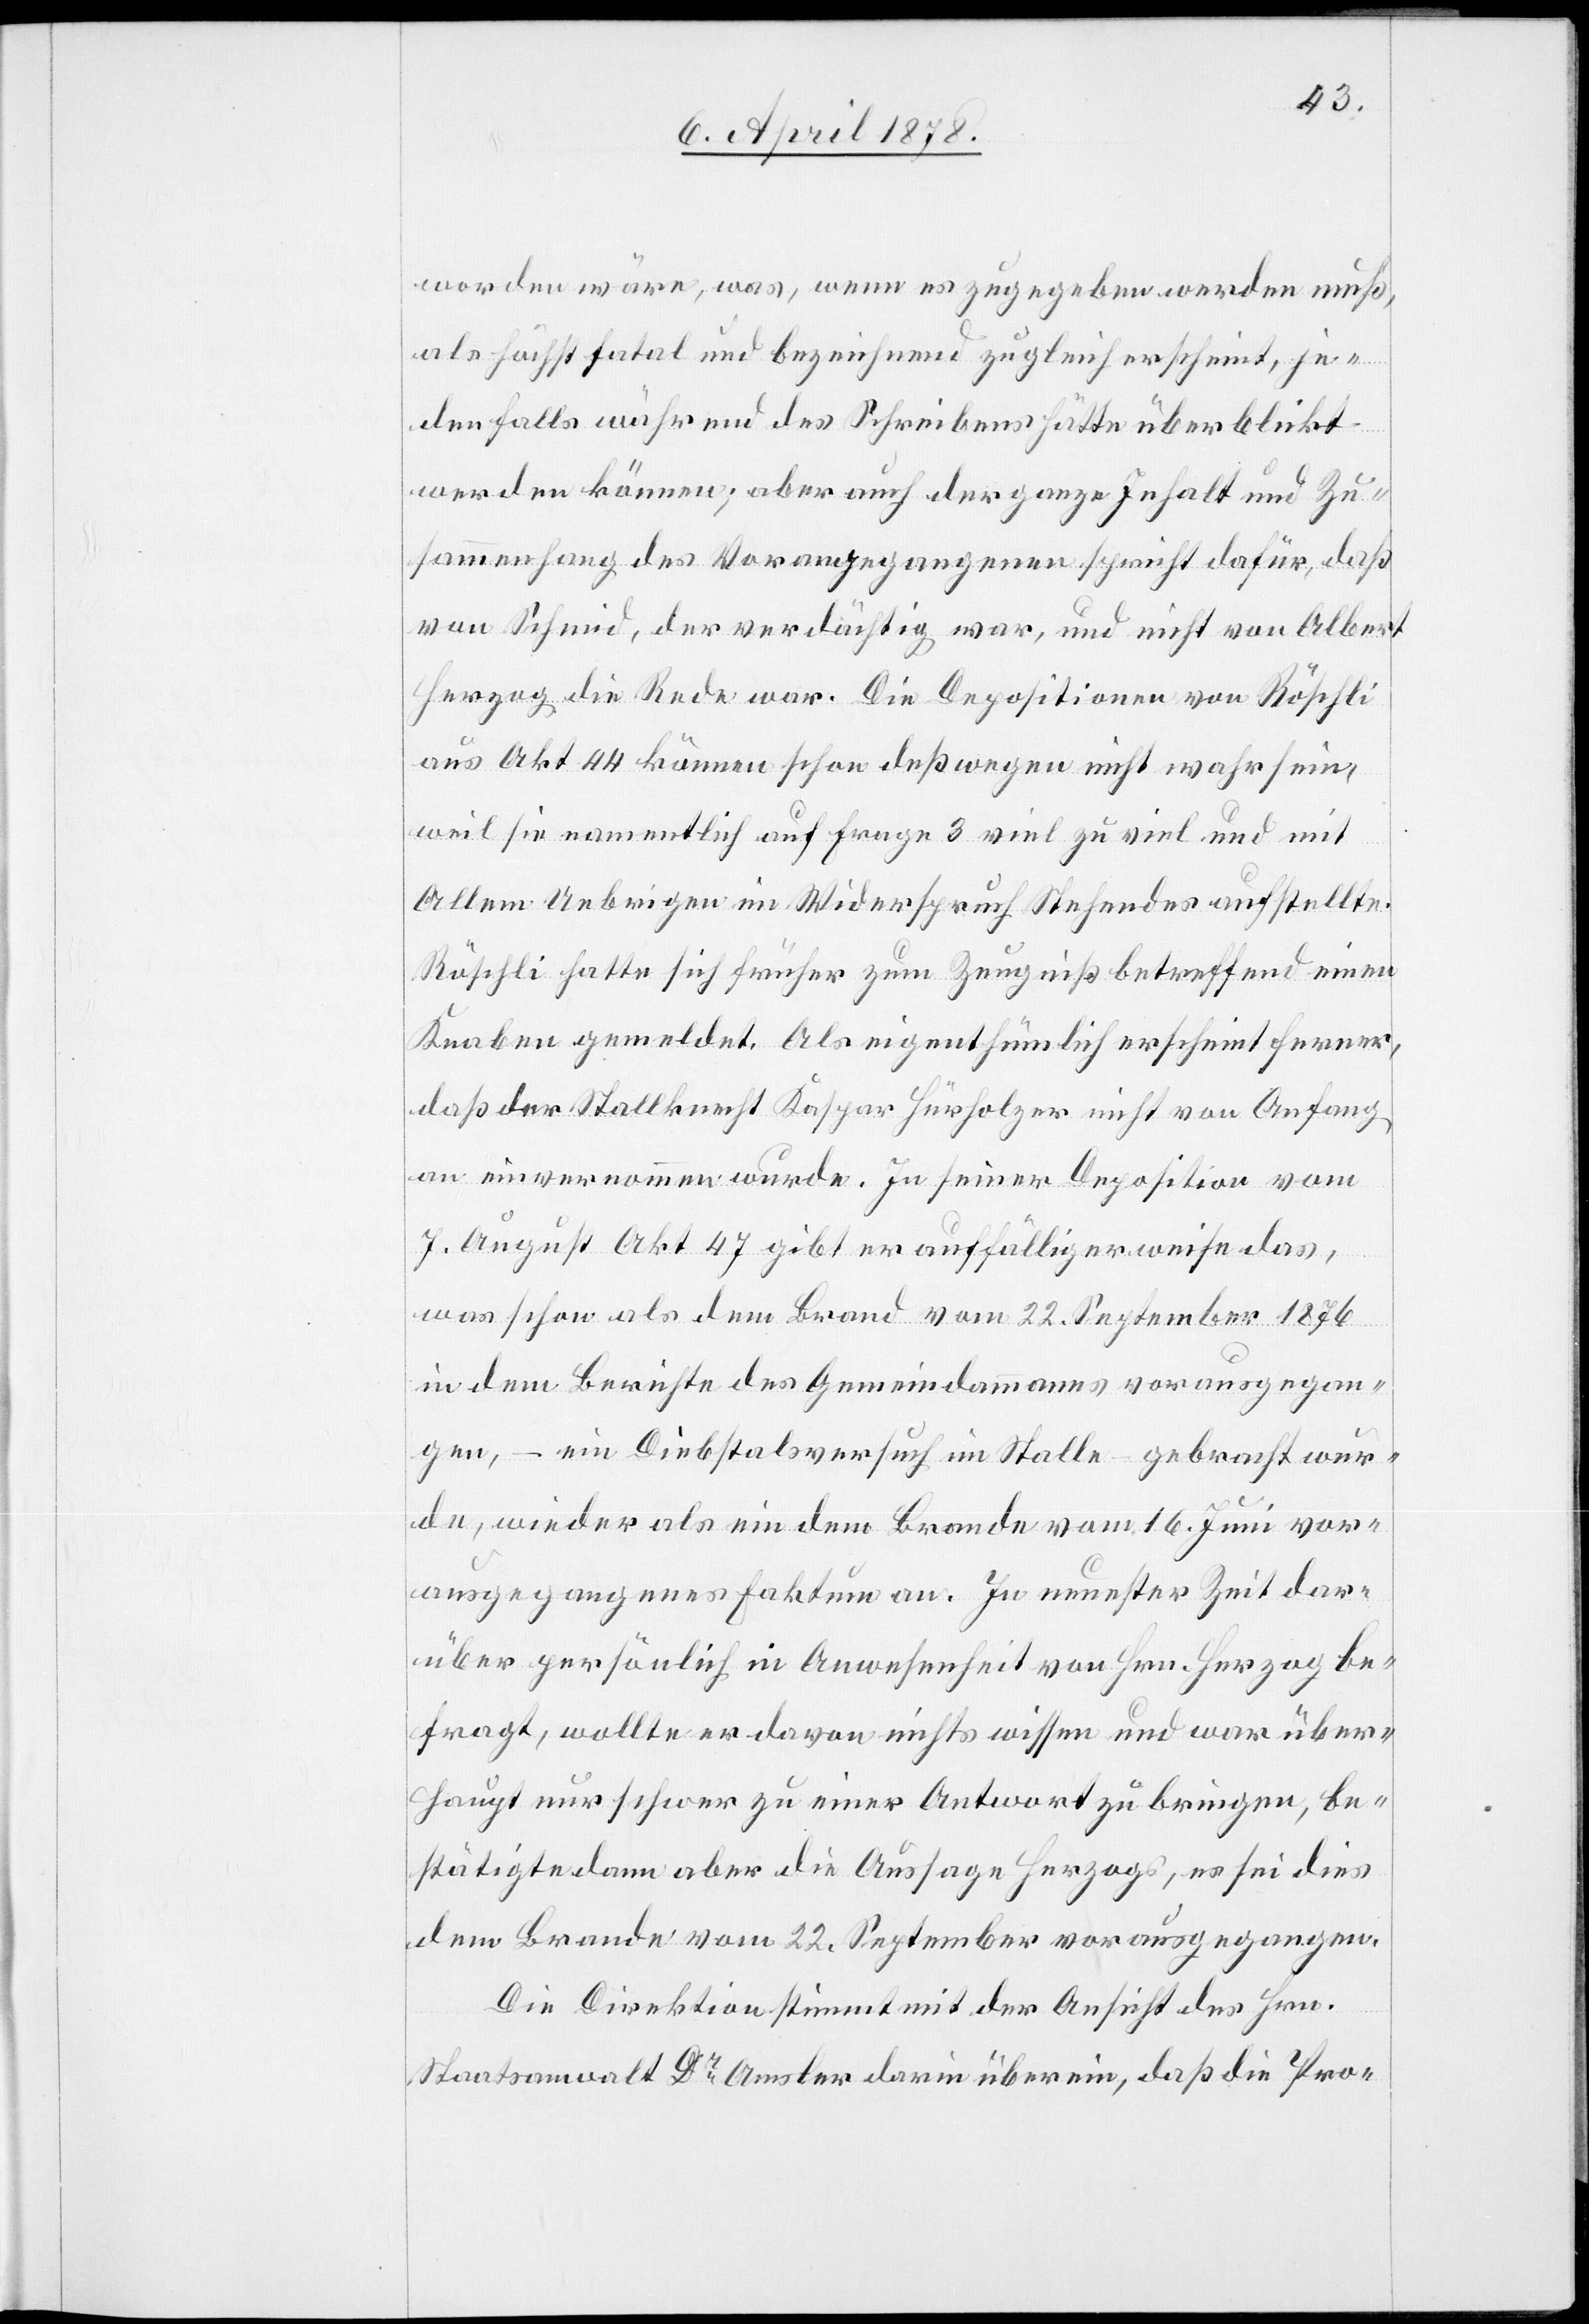
worden wäre, was, wenn es zugegeben werden muß,
als höchst fatal und bezeichnend zugleich erscheint, je¬
denfalls während des Schreibens hätte überblickt
werden können; aber auch der ganze Inhalt und Zu¬
sammenhang des Vorangegangenen spricht dafür, daß
von Schmid, der verdächtig war, und nicht von Albert
Herzog die Rede war. Die Depositionen von Röschli
aus Akt 44 können schon deßwegen nicht wahr sein,
weil sie namentlich auf Frage 3 viel zu viel und mit
Allem Uebrigen im Widerspruch Stehendes aufstellte.
Röschli hatte sich früher zum Zeugniß betreffend einen
Knaben gemeldet. Als eigenthümlich erscheint ferner,
daß der Stallknecht Kaspar Hürholzer nicht von Anfang
an einvernommen wurde. In seiner Deposition vom
7. August Akt 47 gibt er auffälligerweise das,
was schon als dem Brand vom 22. September 1876
in dem Berichte des Gemeindammanns vorausgegan¬
gen, – ein Diebstalsversuch im Stalle – gebracht wur¬
de, wieder als ein dem Brande vom 16. Juni vor¬
ausgegangenes Faktum an. In neuester Zeit dar¬
über persönlich in Anwesenheit von Hrn. Herzog be¬
fragt, wollte er davon nichts wissen und war über¬
haupt nur schwer zu einer Antwort zu bringen, be¬
stätigte dann aber die Aussage Herzogs, es sei dies
dem Brande vom 22. September vorausgegangen.
Die Direktion stimmt mit der Ansicht des Hrn.
Staatsanwalt Dr Amsler darin überein, daß die Pro-